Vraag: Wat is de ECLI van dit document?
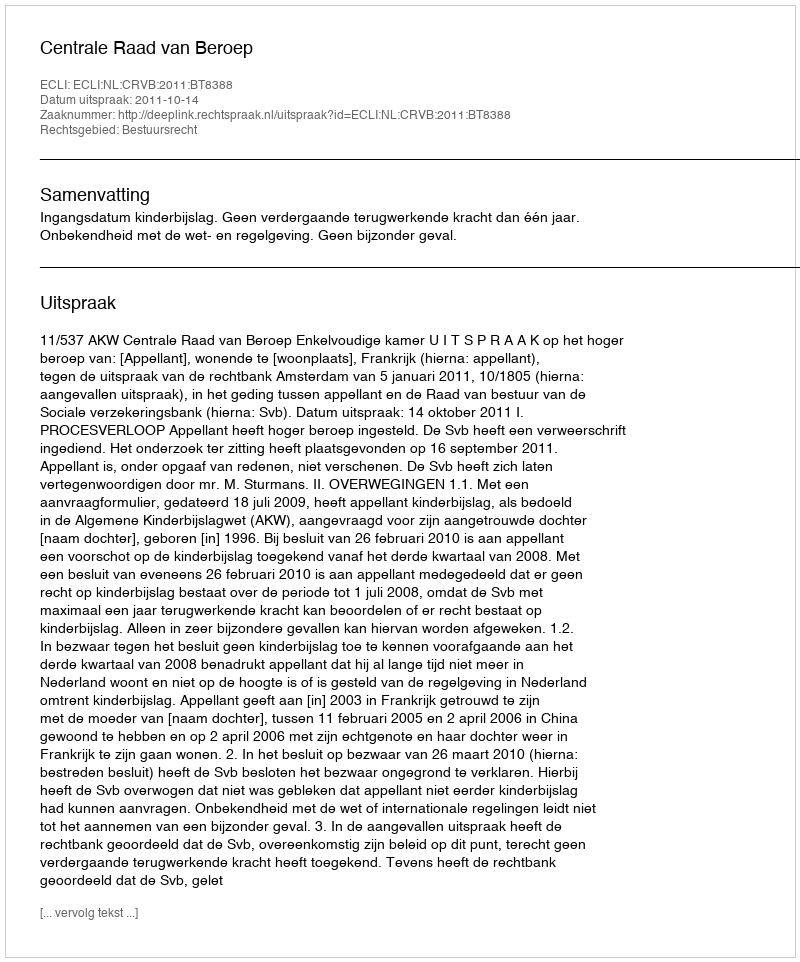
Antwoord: ECLI:NL:CRVB:2011:BT8388